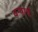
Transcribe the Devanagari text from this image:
वऱ्याचे